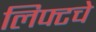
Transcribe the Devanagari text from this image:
लिफ्टचे